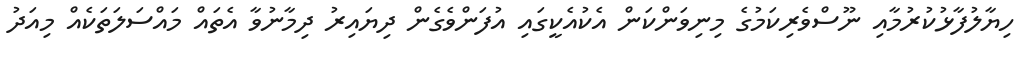
ހިޔާލުފާޅުކުރުމާއި ނޫސްވެރިކަމުގެ މިނިވަންކަން އެކުއެކީގައި އުފަންވެގެން ދިޔައިރު ދިމާނުވާ އެތައް މައްސަލަތަކެއް މިއަދު